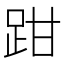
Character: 𫏄